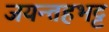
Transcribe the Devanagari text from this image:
जयन्तहभट्ट